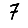
Digit: 7